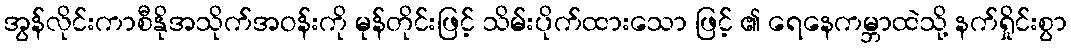
အွန်လိုင်းကာစီနိုအသိုက်အဝန်းကို မုန်တိုင်းဖြင့် သိမ်းပိုက်ထားသော ဖြင့် ၏ ရေနေကမ္ဘာထဲသို့ နက်ရှိုင်းစွာ